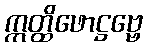
ဣတ္ထိဖောဋ္ဌဗ္ဗေ